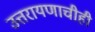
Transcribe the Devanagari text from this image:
उत्तरायणाचीही